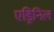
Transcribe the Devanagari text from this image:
एड्रिनिल